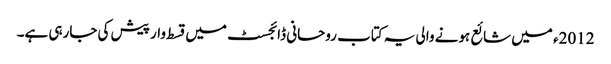
2012ء میں شائع ہونے والی یہ کتاب روحانی ڈائجسٹ میں قسط وار پیش کی جارہی ہے۔